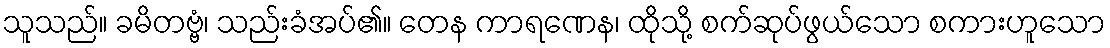
သူသည်။ ခမိတဗ္ဗံ၊ သည်းခံအပ်၏။ တေန ကာရဏေန၊ ထိုသို့ စက်ဆုပ်ဖွယ်သော စကားဟူသော